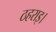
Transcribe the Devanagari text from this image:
ठहराइ।